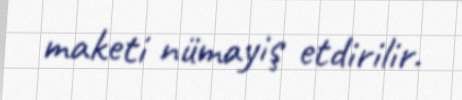
maketi nümayiş etdirilir.